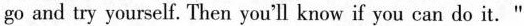
go and try yourself. Then you'll know if you can do it."